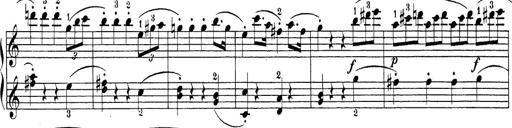
Title: Sonatina Album
Composer: Louis KÃ¶hler